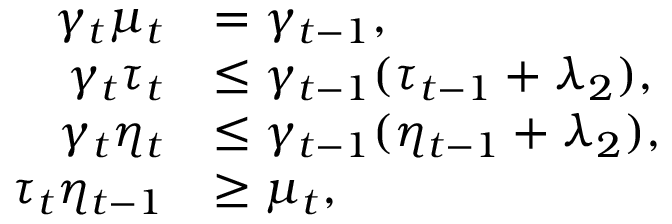
\begin{array} { r l } { \gamma _ { t } \mu _ { t } } & { = \gamma _ { t - 1 } , } \\ { \gamma _ { t } \tau _ { t } } & { \leq \gamma _ { t - 1 } ( \tau _ { t - 1 } + \lambda _ { 2 } ) , } \\ { \gamma _ { t } \eta _ { t } } & { \leq \gamma _ { t - 1 } ( \eta _ { t - 1 } + \lambda _ { 2 } ) , } \\ { \tau _ { t } \eta _ { t - 1 } } & { \geq \mu _ { t } , } \end{array}